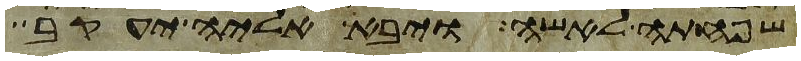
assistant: שפחתה לאשה ויבא אליה יעקב